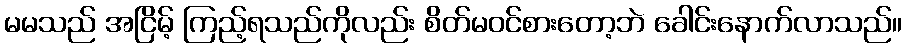
မမသည် အငြိမ့် ကြည့်ရသည်ကိုလည်း စိတ်မဝင်စားတော့ဘဲ ခေါင်းနောက်လာသည်။